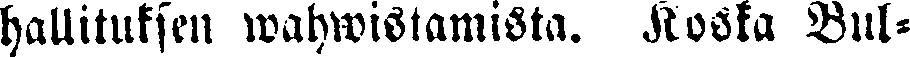
hallituksen wahwistamista. Koska Bul-